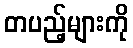
တပည့်များကို